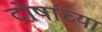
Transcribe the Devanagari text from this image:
दोषांच्या